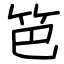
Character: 笆